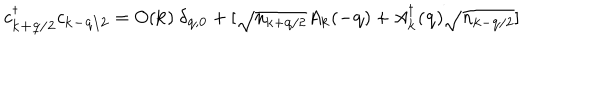
c _ { { \bf { k + q / 2 } } } ^ { \dagger } c _ { { \bf { k - q / 2 } } } = O ( { \bf { k } } ) \mathrm { ~ } \delta _ { { \bf { q } } , { \bf { 0 } } } + [ \sqrt { n _ { { \bf { k } } + { \bf { q } } / 2 } } A _ { { \bf { k } } } ( - { \bf { q } } ) + A _ { { \bf { k } } } ^ { \dagger } ( { \bf { q } } ) \sqrt { n _ { { \bf { k } } - { \bf { q } } / 2 } } ]